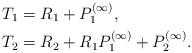
LaTeX: \begin{align*}& T_{1} = R_{1} + P_{1}^{(\infty)}, \\& T_{2} = R_{2} + R_{1} P_{1}^{(\infty)} + P_{2}^{(\infty)}.\end{align*}